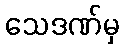
သေဒဏ်မှ